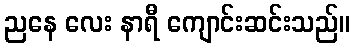
ညနေ လေး နာရီ ကျောင်းဆင်းသည်။